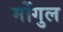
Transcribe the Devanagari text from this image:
मोंगुल